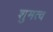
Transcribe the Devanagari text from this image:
शुमत्व